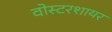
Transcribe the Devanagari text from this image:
वोस्टरशायर